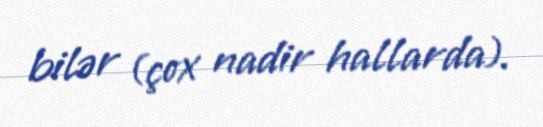
bilər (çox nadir hallarda).